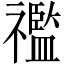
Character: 𥜓